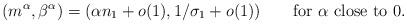
LaTeX: \begin{align*} (m^\alpha,\beta^\alpha) = (\alpha n_1 + o(1), 1/\sigma_1 + o(1)) \qquad\mbox{for }\alpha\mbox{ close to }0.\end{align*}